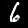
Digit: 6